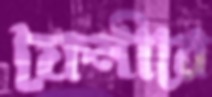
ফেনীরে